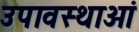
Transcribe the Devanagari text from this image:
उपावस्थाओं